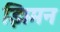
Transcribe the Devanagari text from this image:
झिमन